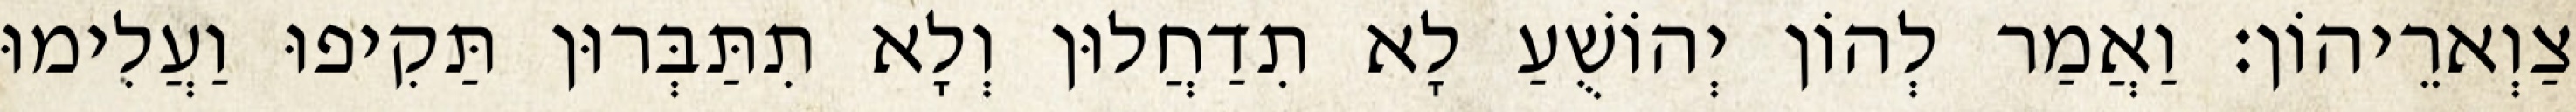
צַוְארֵיהוֹן׃ וַאֲמַר לְהוֹן יְהוֹשֻׁעַ לָא תִדַחֲלוּן וְלָא תִתַּבְּרוּן תַּקִיפוּ וַעֲלִימוּ